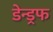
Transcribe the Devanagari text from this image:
डेन्ड्रफ